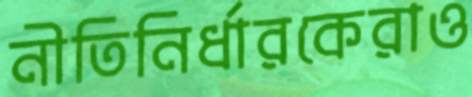
নীতিনির্ধারকেরাও